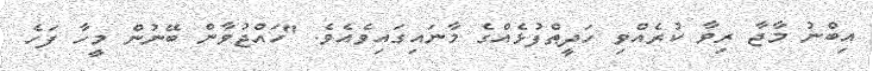
އިބްނު މާޖާ ރިވާ ކުރެއްވި ހަދީޠްފުޅެއްގެ މާނައިގައިވެއެވެ. "ހައްޖުވާން ބޭނުން މީހާ ފަހެ